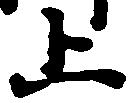
止